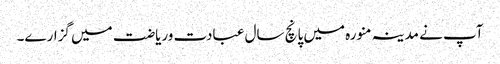
آپ نے مدینہ منورہ میں پانچ سال عبادت وریاضت میں گزارے۔